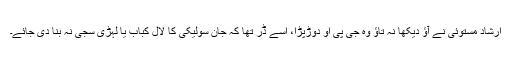
ارشاد مستوئی نے آﺅ دیکھا نہ تاﺅ وہ جی پی او دوڑپڑا، اسے ڈر تھا کہ جان سولیکی کا لال کباب یا لہڑی سجّی نہ بنا دی جائے۔